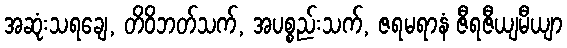
အဆုံးသရချေ, တိဝိဘတ်သက်, အပစ္စည်းသက်, ဇရမရာနံ ဇီရဇီယျမီယျာ